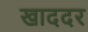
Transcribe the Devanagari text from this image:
खाददर